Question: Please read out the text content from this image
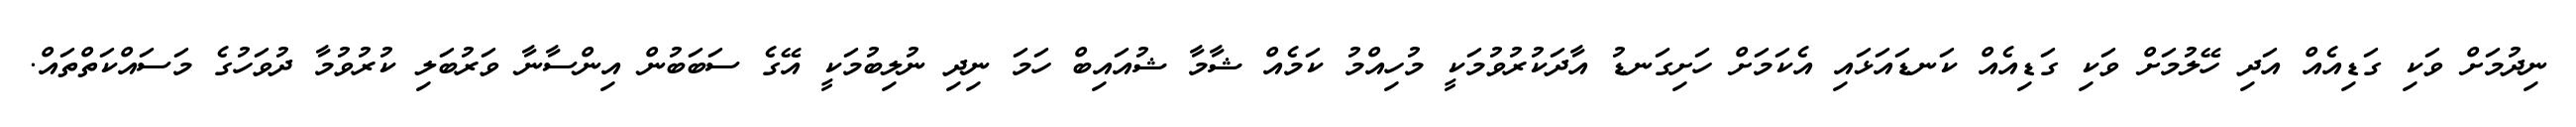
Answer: ނިދުމަށް ވަކި ގަޑިއެއް އަދި ހޭލުމަށް ވަކި ގަޑިއެއް ކަނޑައަޅައި އެކަމަށް ހަށިގަނޑު އާދަކުރުވުމަކީ މުހިއްމު ކަމެއް ޝާމާ ޝުއައިބް ހަމަ ނިދި ނުލިބުމަކީ އޭގެ ސަބަބުން އިންސާނާ ވަރުބަލި ކުރުވުމާ ދުވަހުގެ މަސައްކަތްތައް.